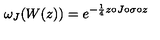
{ \omega } _ { J } ( W ( z ) ) = { e } ^ { - { \frac 1 4 } z \circ J \circ \sigma \circ z }